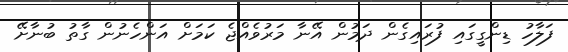
ފަލާހު ޑިންގީގައި ފުރައިގެން ދަމުން އޭނާ މަރުވެއްޖެ ކަމަށް އަންހެނުން ގާތު ބުނާށޭ